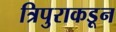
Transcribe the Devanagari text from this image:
त्रिपुराकडून